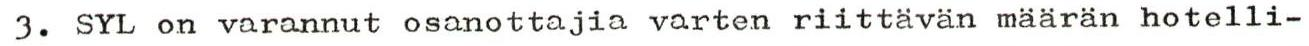
3. SYL on varannut osanottajia varten riittävän määrän hotelli-